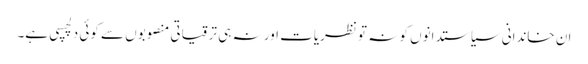
ان خاندانی سیاستدانوں کو نہ تو نظریات اور نہ ہی ترقیاتی منصوبوں سے کوئی دلچسپی ہے۔